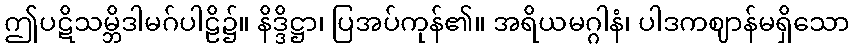
ဤပဋိသမ္ဘိဒါမဂ်ပါဠိ၌။ နိဒ္ဒိဋ္ဌာ၊ ပြအပ်ကုန်၏။ အရိယမဂ္ဂါနံ၊ ပါဒကဈာန်မရှိသော